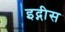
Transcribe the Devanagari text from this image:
इद्गीस